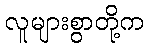
လူများစွာတို့က